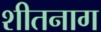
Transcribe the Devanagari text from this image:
शीतनाग